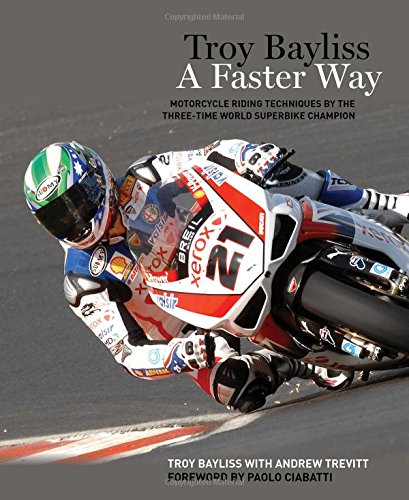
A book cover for Troy Bayliss: A Faster Way; Troy Bayliss; Sports & Outdoors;